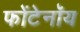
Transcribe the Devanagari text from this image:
फोंटेनॉय